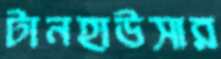
টানহাউসার